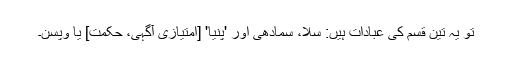
تو یہ تین قسم کی عبادات ہیں: سلا، سمادھی اور 'پنّیا' [امتیازی آگہی، حکمت] یا وپسّن۔